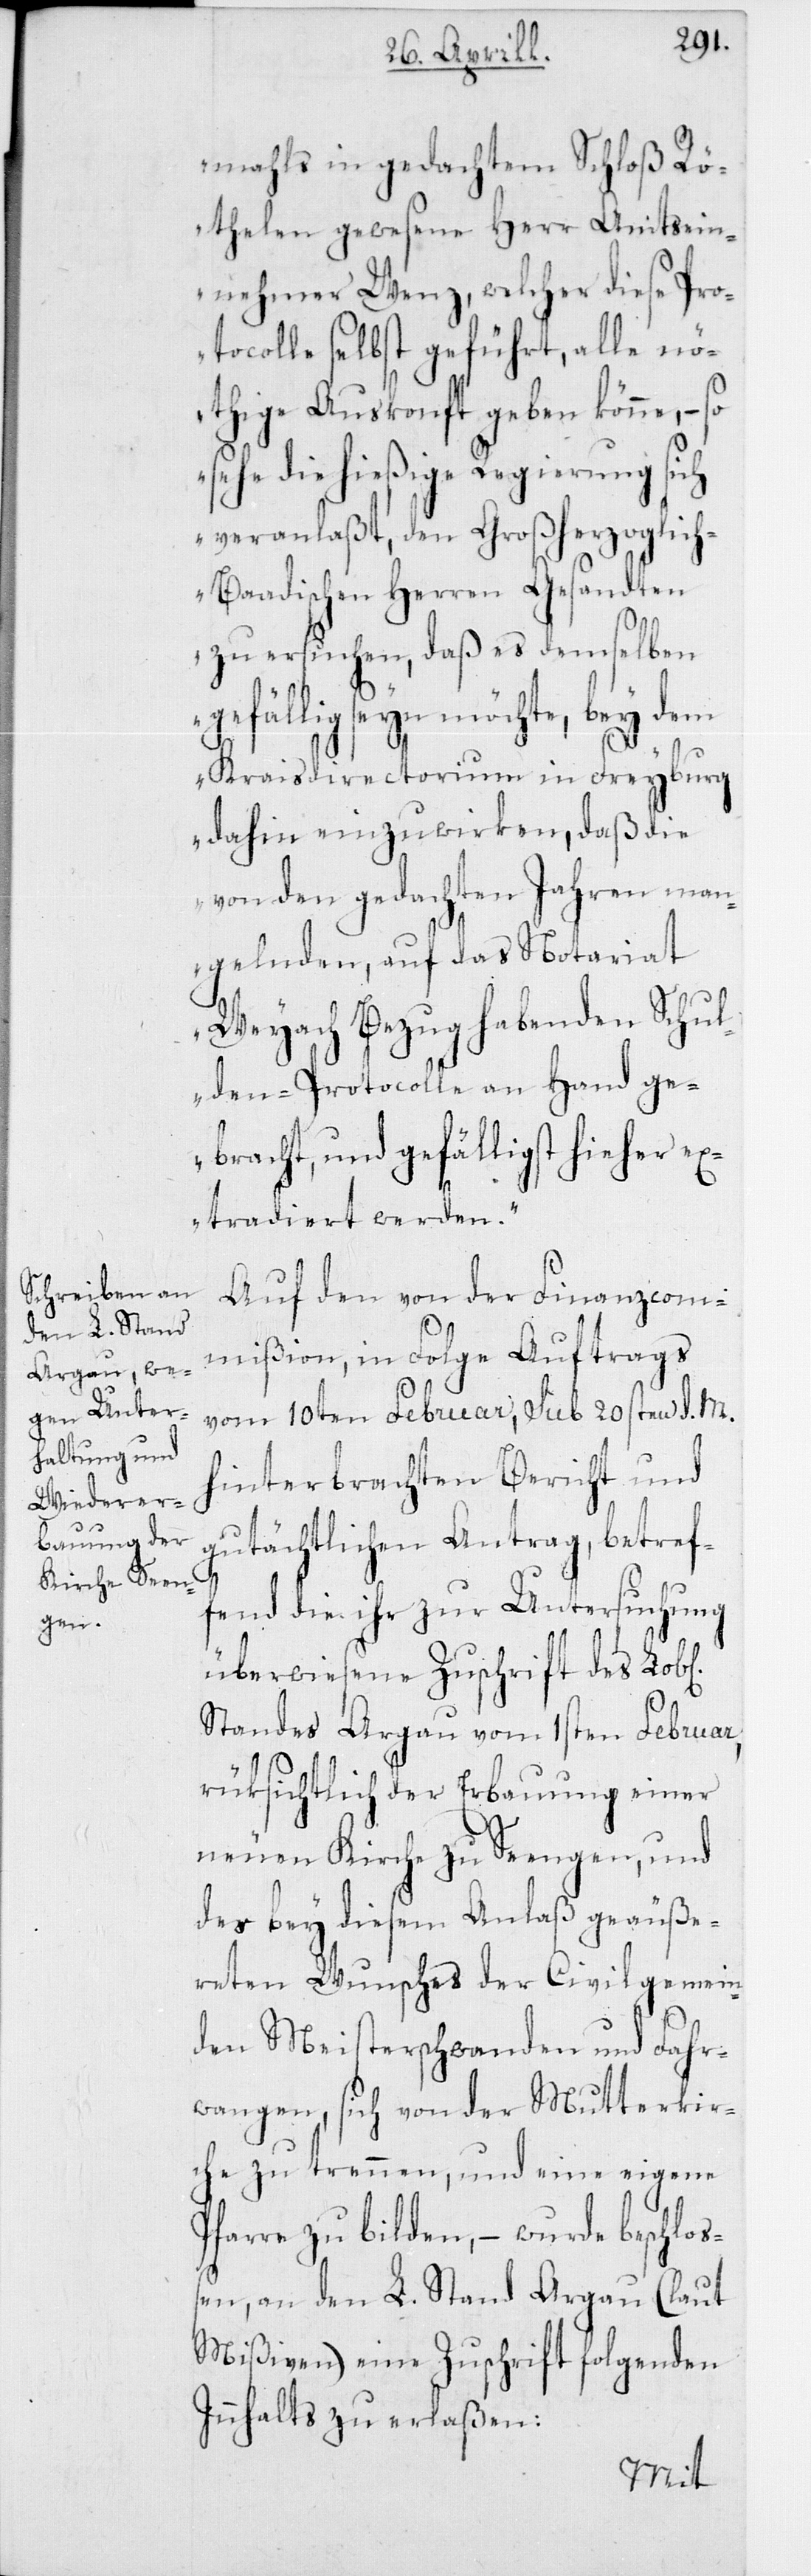
mahls in gedachtem Schloß Rö¬
thelen gewesene Herr Amtsein¬
nehmer Wenz, welcher diese Pro¬
tocolle selbst geführt, alle nö¬
thige Auskonft geben könne, – so
sehe die hießige Regierung sich
veranlaßt, den Großherzoglic¬
h-Baadischen Herren Gesandten
zu ersuchen, daß es demselben
gefällig seyn möchte, bey dem
Kraisdirectorium in Freyburg
dahin einzuwirken, daß die
von den gedachten Jahren man¬
gelnden, auf das Notariat
Weyach Bezug habenden Schul¬
den-Protocolle an Hand ge¬
bracht, und gefälligst hieher e¬
xtradiert werden.“
Auf den von der Finanzcom¬
mißion, in Folge Auftrags
vom 10ten Februar, sub 20sten d. M.
hinterbrachten Bericht und
gutächtlichen Antrag, betref¬
fend die ihr zur Untersuchung
ichen]
überwiesene Zuschrift des Lob[l¬
Standes Argau vom 1sten Februar,
rüksichtlich der Erbauung einer
neuen Kirche zu Seengen, und
des bey diesem Anlaß geäuße¬
reten Wunsches der Civilgemein¬
den Meisterschwanden und Fahr¬
wangen, sich von der Mutterkir¬
che zu trennen, und eine eigene
Pfarre zu bilden, – wurde beschloß¬
en, an den L. Stand Argau (laut
Mißiven) eine Zuschrift folgenden
Innhalts zu erlaßen: